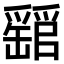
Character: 𤕁